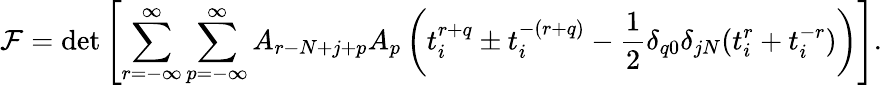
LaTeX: {\cal F}=\operatorname*{det}\left[\sum_{r=-{\infty}}^{\infty}\sum_{p=-{\infty}}^{\infty}A_{r-N+j+p}A_{p}\left(t_{i}^{r+q}\pm t_{i}^{-(r+q)}-\frac{1}{2}\delta_{q0}\delta_{jN}(t_{i}^{r}+t_{i}^{-r})\right)\right].